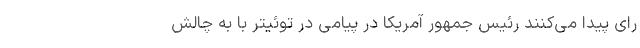
رای پیدا می‌کنند رئیس جمهور آمریکا در پیامی در توئیتر با به چالش